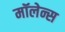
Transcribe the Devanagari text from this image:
मॉलेन्स